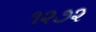
૧૨૭૨